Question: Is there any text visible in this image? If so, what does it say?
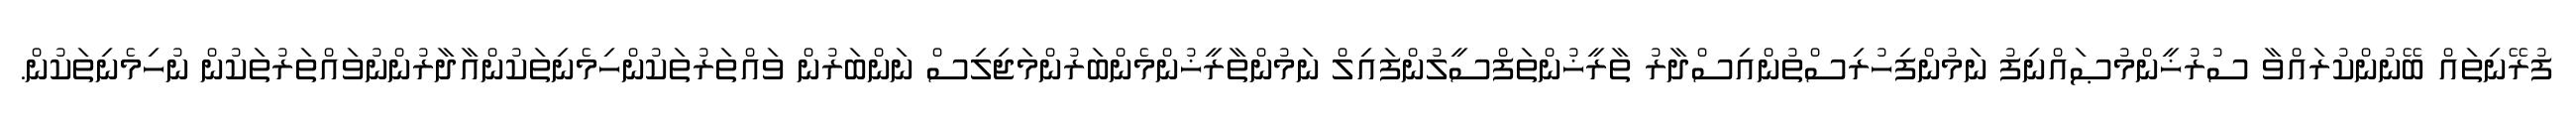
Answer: ފުރޭނިތައް ބޭނުންކުރައްވާ ސުރުޚީންމުޞައްނިފު ނަމުންފިހުރިސްތުންއިސްދާރު ތާރީޚުންތަފްސީލުންފައިލް ނަމުންތާރީޚުންމެންބަރުންމަޖިލިސް ނަންބަރުން ވައްތަރުތަކުންހިމެނިތަކުންއާދާރުންނުވައްތަރުތަކުން ނުހިމެނިތަކުން.